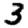
Digit: 3